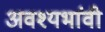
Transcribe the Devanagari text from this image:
अवश्यभांवी